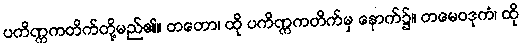
ပကိဏ္ဏကတိက်တို့မည်၏။ တတော၊ ထို ပကိဏ္ဏကတိက်မှ နောက်၌။ တမေဝဒုကံ၊ ထို